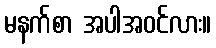
မနက်စာ အပါအဝင်လား။